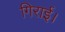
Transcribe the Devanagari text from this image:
गिराई।